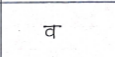
मजकूर: व